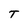
Character: T